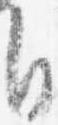
自